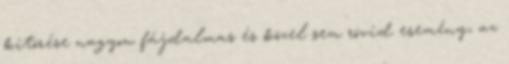
kitörése nagyon fájdalmas és közel sem rövid esemény, az